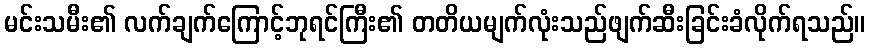
မင်းသမီး၏ လက်ချက်ကြောင့်ဘုရင်ကြီး၏ တတိယမျက်လုံးသည်ဖျက်ဆီးခြင်းခံလိုက်ရသည်။